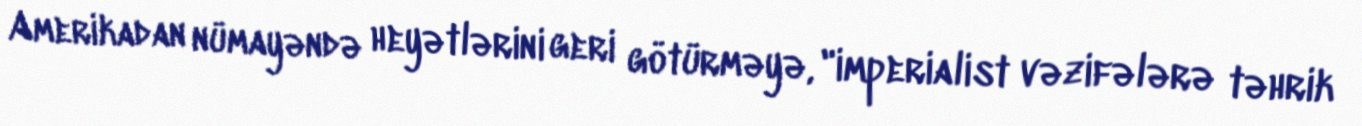
Amerikadan nümayəndə heyətlərini geri götürməyə, "imperialist vəzifələrə təhrik